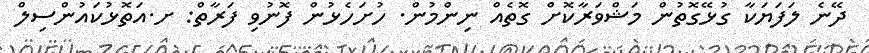
ދޭނެ ލަފަޔަކާ ގުޅޭގޮތުން މަޝްވަރާކޮށް ގޮތެއް ނިންމުން. ހުށަހެޅުން ފޮނުވި ފަރާތް: ށ.އަތޮޅުކައުންސިލް